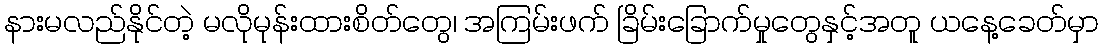
နားမလည်နိုင်တဲ့ မလိုမုန်းထားစိတ်တွေ၊ အကြမ်းဖက် ခြိမ်းခြောက်မှုတွေနှင့်အတူ ယနေ့ခေတ်မှာ